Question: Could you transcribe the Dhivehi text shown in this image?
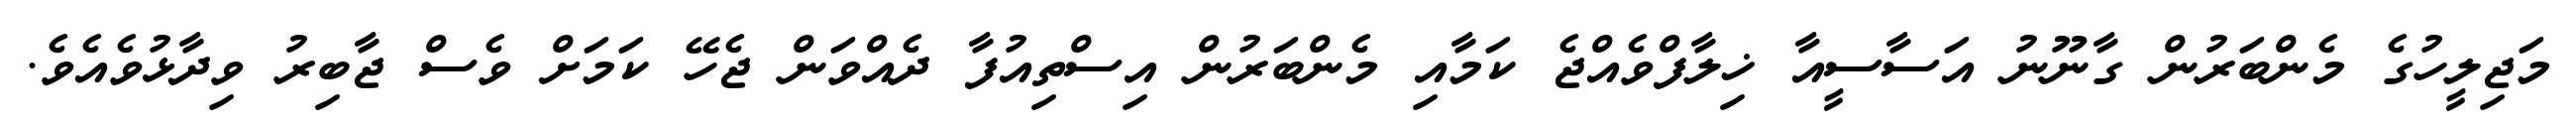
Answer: މަޖިލީހުގެ މެންބަރުން ގާނޫނު އަސާސީއާ ޚިލާފްވެއްޖެ ކަމާއި މެންބަރުން އިސްތިއުފާ ދެއްވަން ޖެހޭ ކަމަށް ވެސް ޖާބިރު ވިދާޅުވެއެވެ.